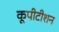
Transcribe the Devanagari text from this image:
कूपीटीशन